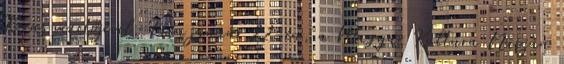
Kórus vezetőjével. Idén január 22-én, a Magyar Kultúra Napján